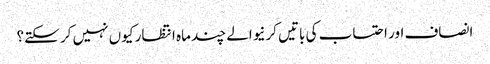
انصاف اور احتساب کی باتیں کرنیوالے چند ماہ انتظار کیوں نہیں کر سکتے؟